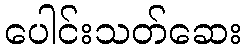
ပေါင်းသတ်ဆေး